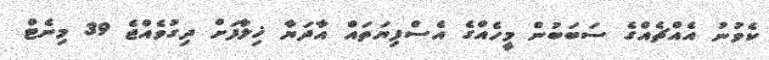
ކެވުނު އެއްޗެއްގެ ސަބަބުން މީހެއްގެ އެސްފިޔަތައް އާދަޔާ ޚިލާފަށް ދިގުވެއްޖެ 39 މިނެޓް